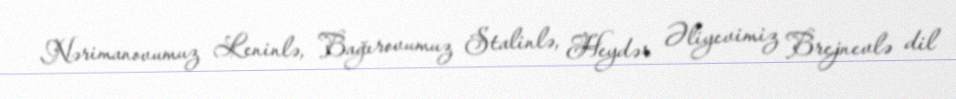
Nərimanovumuz Leninlə, Bağırovumuz Stalinlə, Heydər Əliyevimiz Brejnevlə dil